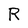
Character: R